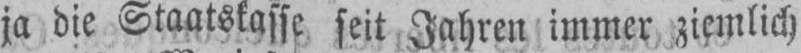
ja die Staatskasse seit Jahren immer ziemlich